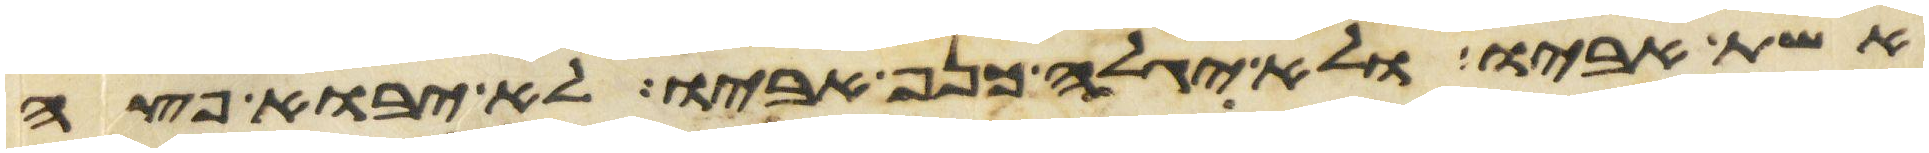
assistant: אשת אביו ולא יגלה כנף אביו לא יבוא פצע